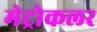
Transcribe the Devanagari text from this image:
मेट्रोकलर